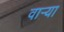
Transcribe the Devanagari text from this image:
वार्‍या